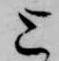
上